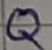
Text: Q